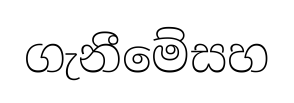
ගැනීමේසහ